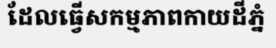
ដែលធ្វើសកម្មភាពកាយដីភ្នំ